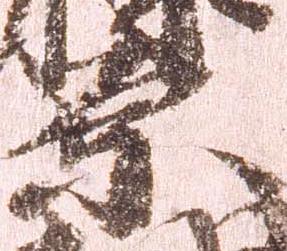
腹